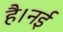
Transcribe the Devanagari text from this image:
है।नई